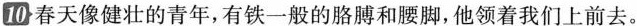
10春天像健壮的青年,有铁一般的胳膊和腰脚,他领着我们上前去。